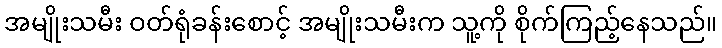
အမျိုးသမီး ဝတ်ရုံခန်းစောင့် အမျိုးသမီးက သူ့ကို စိုက်ကြည့်နေသည်။